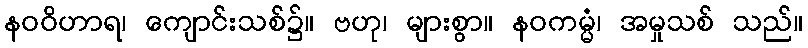
နဝဝိဟာရ၊ ကျောင်းသစ်၌။ ဗဟု၊ များစွာ။ နဝကမ္မံ၊ အမှုသစ် သည်။